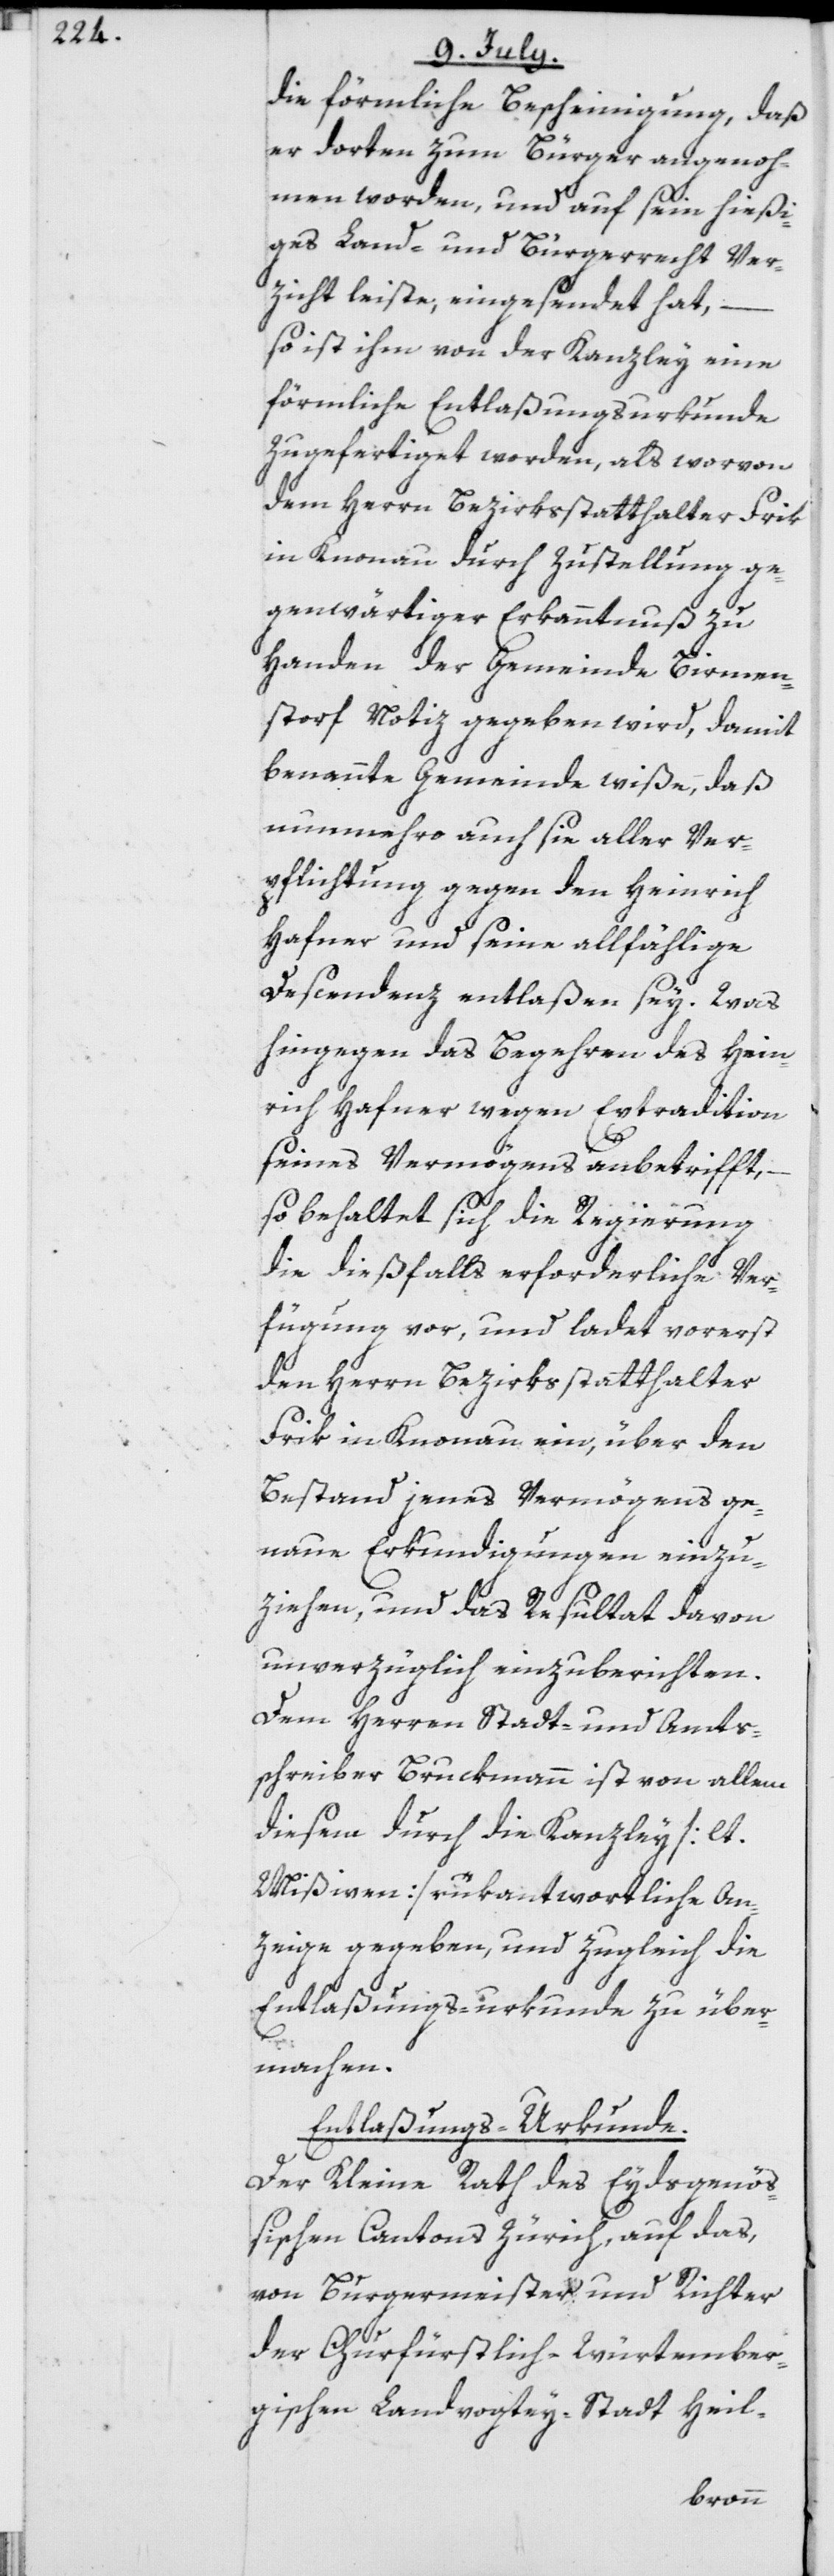
die förmliche Bescheinigung, daß
er dorten zum Bürger angenoh¬
men worden, und auf sein hießi¬
ges Land- und Bürgerrecht Ver¬
zicht leiste, eingesendet hat, –
so ist ihm von der Kanzley eine
förmliche Entlaßungsurkunde
zugefertiget worden, als worvon
dem Herrn Bezirksstatthalter Frik
in Knonau durch Zustellung ge¬
genwärtiger Erkanntnuß zu
Handen der Gemeinde Birmen¬
storf Notiz gegeben wird, damit
benannte Gemeinde wiße, daß
nunmehro auch sie aller Ver¬
pflichtung gegen den Heinrich
Hafner und seine allfählige
Descendenz entlaßen sey. Was
hingegen das Begehren des Hein¬
rich Hafner wegen Extradition
seines Vermögens anbetrifft, –
so behaltet sich die Regierung
die dießfalls erforderliche Ver¬
fügung vor, und ladet vorerst
den Herrn Bezirksstatthalter
Frik in Knonau ein, über den
Bestand jenes Vermögens ge¬
naue Erkundigungen einzu¬
ziehen, und das Resultat davon
unverzüglich einzuberichten.
Dem Herren Stadt- und Amts¬
schreiber Bruckmann ist von allem
diesem durch die Kanzley [lt.
Mißiven] rükantwortliche An¬
zeige gegeben, und zugleich die
Entlaßungs-urkunde zu über¬
machen.
Entlaßungs-Urkunde.
Der Kleine Rath des Eydsgenöß¬
ischen Cantons Zürich, auf das,
von Burgermeister und Richter
der Churfürstlich-Würtember¬
gischen Landvogtey-Stadt Heil-